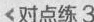
<对点练3